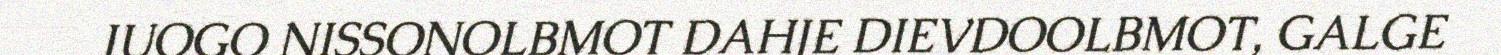
JUOGO NISSONOLBMOT DAHJE DIEVDOOLBMOT, GALGE